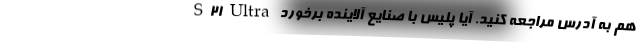
S21 Ultra هم به آدرس مراجعه کنید. آیا پلیس با صنایع آلاینده برخورد